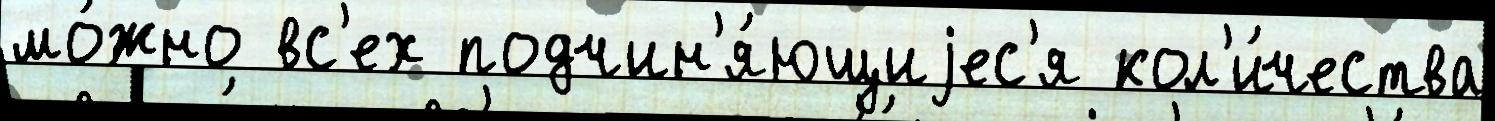
мо́жно вс'ех подчин'я́ющиjес'я кол'и́чества